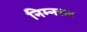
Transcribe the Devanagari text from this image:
निम्नत्तर